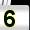
Digit: 5